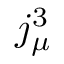
j _ { \mu } ^ { 3 }